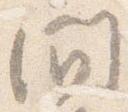
間